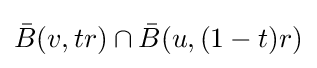
{\bar {B}}(v,tr)\cap {\bar {B}}(u,(1-t)r)